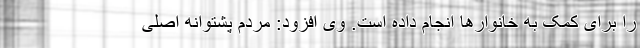
را برای کمک به خانوارها انجام داده است. وی افزود: مردم پشتوانه اصلی